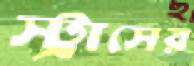
স্ট্রাসের